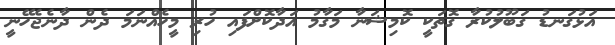
އަޅުގަނޑު ގަބޫލުކުރާ ގޮތަކީ ކޮމިޝަނާ މަގާމު އަދާކޮށްފައި ހުރި މީހެއްނަމަ ދެން ދާނެޖެހޭނީ